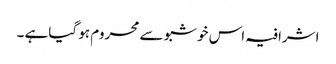
اشرافیہ اس خوشبو سے محروم ہو گیاہے ۔